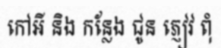
កៅអី និង កន្លែង ជូន ភ្ញៀវ ពុំ